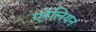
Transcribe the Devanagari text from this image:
एरेलियन